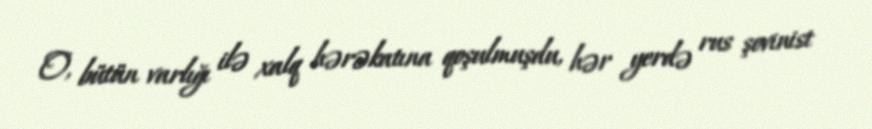
O, bütün varlığı ilə xalq hərəkatına qoşulmuşdu, hər yerdə rus şovinist